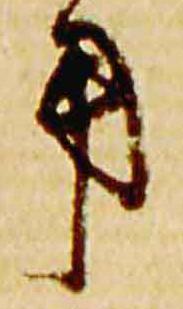
用